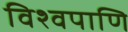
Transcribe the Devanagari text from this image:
विश्वपाणि